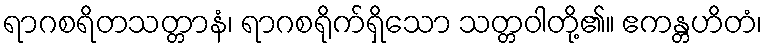
ရာဂစရိတသတ္တာနံ၊ ရာဂစရိုက်ရှိသော သတ္တဝါတို့၏။ ဧကန္တဟိတံ၊